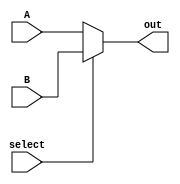
`timescale 1ns / 1ps

/*******************************************************************
*
* Module: Nbit_2x1mux.v
* Project: CSCE3301_PROJECT1
          Mohamed Noureldin - mohamed-sherif@aucegypt.edu
* Description: 2x1 multiplexer to pick between two wires, of size according to parameter
*
* Change history: 09/04/2023 - adapted from lab tasks, no further changes
* 
*
**********************************************************************/

module Nbit_2x1mux #(parameter N = 8) (
    input [N-1:0] A, B,
    input select,
    output [N-1:0] out
    );
    assign out = (select)?B:A;
endmodule